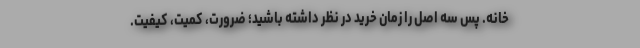
خانه. پس سه اصل را زمان خرید در نظر داشته باشید؛ ضرورت، کمیت، کیفیت.